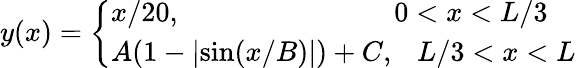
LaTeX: y(x)=\left\{ \begin{array}{ll}{x/20,~~~~~~~~~~~~~~~~~~~~~~~~~~~~~~0<x<L/3}\\ {A(1-\lvert\sin(x/B)\rvert)+C,~~~L/3<x<L}\end{array}\right.